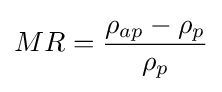
MR={\frac {\rho _{ap}-\rho _{p}}{\rho _{p}}}